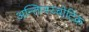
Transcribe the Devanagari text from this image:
अन्तिप्स्य्चोटिक